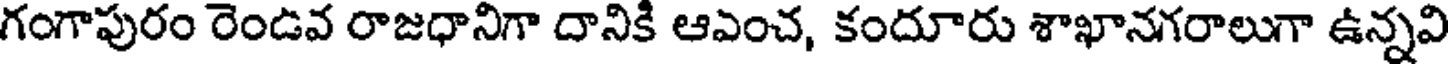
గంగాపురం రెండవ రాజధానిగా దానికి ఆఎంచ, కందూరు శాఖానగరాలుగా ఉన్నవి